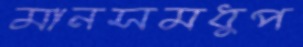
মানসমধুপ